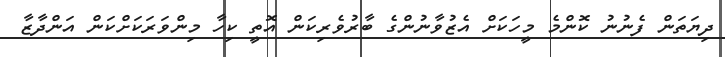
ދިޔަތަން ފެނުނު ކޮންމެ މީހަކަށް އެޒުވާނުންގެ ބާރުވެރިކަން އޮތީ ކިހާ މިންވަރަކަށްކަން އަންދާޒާ